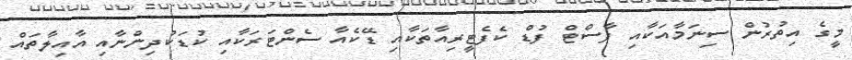
މީގެ އިތުރުން ސިނަމާއަކާއި ފާސްޓް ފުޑް ކެފެޓީރިއާތަކާއި ޑޭކެއާ ސެންޓަރަކާއި ކުޑަކުދިންނާއި އާއިލާތައް